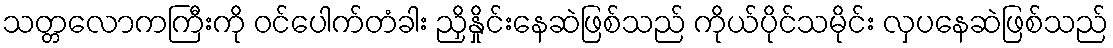
သတ္တလောကကြီးကို ဝင်ပေါက်တံခါး ညှိနှိုင်းနေဆဲဖြစ်သည် ကိုယ်ပိုင်သမိုင်း လှပနေဆဲဖြစ်သည်